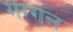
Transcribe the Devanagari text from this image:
गग्‍गल